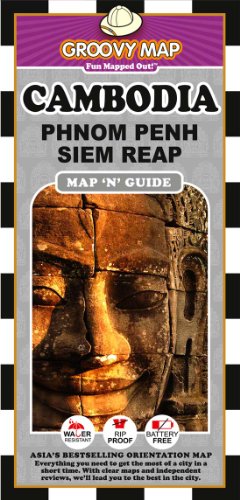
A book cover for Groovy Map n Guide Cambodia; Aaron Frankel; Travel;